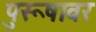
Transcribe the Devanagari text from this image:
पुरूषावर